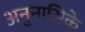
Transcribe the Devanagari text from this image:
अनुनासिके